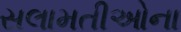
સલામતીઓના